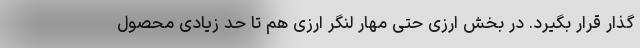
گذار قرار بگیرد. در بخش ارزی حتی مهار لنگر ارزی هم تا حد زیادی محصول